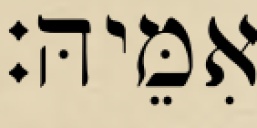
אִמֵּיהּ׃